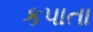
કપાતા